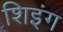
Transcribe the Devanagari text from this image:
शिइंग